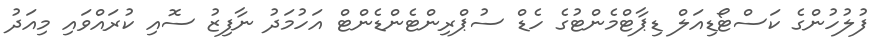
ފުލުހުންގެ ކަސްޓޯޑިއަލް ޑިޕާޓްމެންޓުގެ ހެޑް ސުޕްރިންޓެންޑެންޓް އަހުމަދު ނާފިޒު ސޮއި ކުރައްވައި މިއަދު